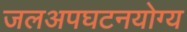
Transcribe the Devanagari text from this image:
जलअपघटनयोग्य